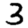
Digit: 3